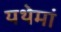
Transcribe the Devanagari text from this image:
यथेमां